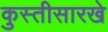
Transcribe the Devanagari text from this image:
कुस्तीसारखे